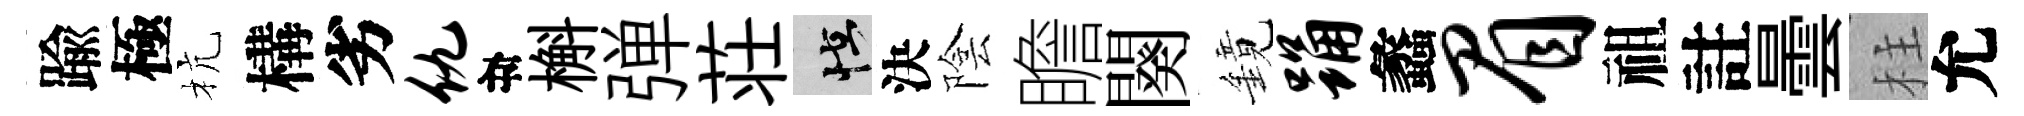
踰極杭構劣仇目槲弹荘怪決陰瞻闋鏡踊蠡眉祖註曇柱允